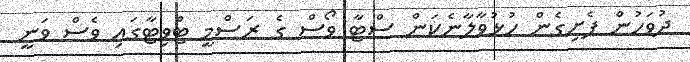
ދުވަހުން ފެށިގެން ހުޅުވާލާނެކަން ސްޓާ ވޯސް ގެ ރަސްމީ ޓްވިޓާގައި ވެސް ވަނީ